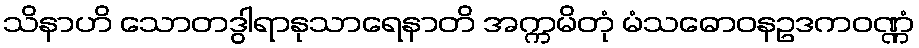
သိနာဟိ သောတဒွါရာနုသာရေနာတိ အက္ကမိတုံ မံသဓောဝနဥဒကဝဏ္ဏံ